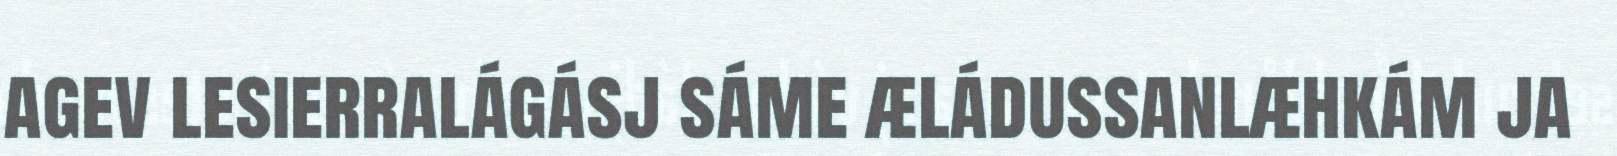
agev lesierralágásj sáme æládussanlæhkám ja